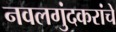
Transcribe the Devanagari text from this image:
नवलगुंदकरांचे